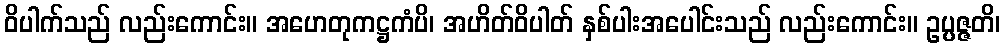
ဝိပါက်သည် လည်းကောင်း။ အဟေတုကဋ္ဌကံပိ၊ အဟိတ်ဝိပါတ် နှစ်ပါးအပေါင်းသည် လည်းကောင်း။ ဥပ္ပဇ္ဇတိ၊